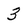
Character: 3